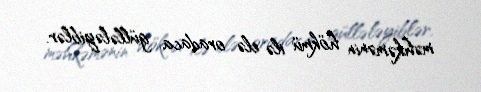
məhkəmənin hökmü ilə elə oradaca güllələyiblər.